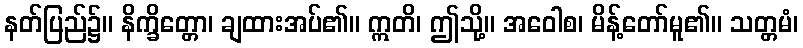
နတ်ပြည်၌။ နိက္ခိတ္တော၊ ချထားအပ်၏။ ဣတိ၊ ဤသို့။ အဝေါစ၊ မိန့်တော်မူ၏။ သတ္တမံ၊